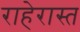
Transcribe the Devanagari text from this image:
राहेरास्त